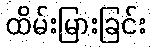
ထိမ်းမြားခြင်း